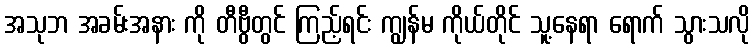
အသုဘ အခမ်းအနား ကို တီဗွီတွင် ကြည့်ရင်း ကျွန်မ ကိုယ်တိုင် သူ့နေရာ ရောက် သွားသလို